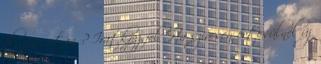
élőzene után ? Iratkozz fel Ha szívesen értesülnél új